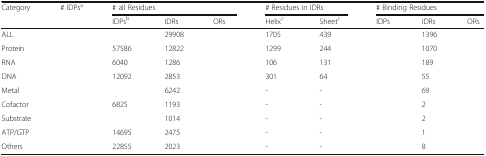
<table><thead><tr><td rowspan="2"><b>Category</b></td><td rowspan="2"><b># IDPs<sup>a</sup></b></td><td colspan="3"><b># all Residues</b></td><td colspan="2"><b># Residues in IDRs</b></td><td colspan="3"><b># Binding Residues</b></td></tr><tr><td><b>IDPs<sup>b</sup></b></td><td><b>IDRs</b></td><td><b>ORs</b></td><td><b>Helix<sup>c</sup></b></td><td><b>Sheet<sup>c</sup></b></td><td><b>IDPs</b></td><td><b>IDRs</b></td><td><b>ORs</b></td></tr></thead><tbody><tr><td>ALL</td><td>[EMPTY_CELL]</td><td>[EMPTY_CELL]</td><td>29908</td><td>[EMPTY_CELL]</td><td>1705</td><td>439</td><td>[EMPTY_CELL]</td><td>1396</td><td>[EMPTY_CELL]</td></tr><tr><td>Protein</td><td>[EMPTY_CELL]</td><td>57586</td><td>12822</td><td>[EMPTY_CELL]</td><td>1299</td><td>244</td><td>[EMPTY_CELL]</td><td>1070</td><td>[EMPTY_CELL]</td></tr><tr><td>RNA</td><td>[EMPTY_CELL]</td><td>6040</td><td>1286</td><td>[EMPTY_CELL]</td><td>106</td><td>131</td><td>[EMPTY_CELL]</td><td>189</td><td>[EMPTY_CELL]</td></tr><tr><td>DNA</td><td>[EMPTY_CELL]</td><td>12092</td><td>2853</td><td>[EMPTY_CELL]</td><td>301</td><td>64</td><td>[EMPTY_CELL]</td><td>55</td><td>[EMPTY_CELL]</td></tr><tr><td>Metal</td><td>[EMPTY_CELL]</td><td>[EMPTY_CELL]</td><td>6242</td><td>[EMPTY_CELL]</td><td>-</td><td>-</td><td>[EMPTY_CELL]</td><td>69</td><td>[EMPTY_CELL]</td></tr><tr><td>Cofactor</td><td>[EMPTY_CELL]</td><td>6825</td><td>1193</td><td>[EMPTY_CELL]</td><td>-</td><td>-</td><td>[EMPTY_CELL]</td><td>2</td><td>[EMPTY_CELL]</td></tr><tr><td>Substrate</td><td>[EMPTY_CELL]</td><td>[EMPTY_CELL]</td><td>1014</td><td>[EMPTY_CELL]</td><td>-</td><td>-</td><td>[EMPTY_CELL]</td><td>2</td><td>[EMPTY_CELL]</td></tr><tr><td>ATP/GTP</td><td>[EMPTY_CELL]</td><td>14695</td><td>2475</td><td>[EMPTY_CELL]</td><td>-</td><td>-</td><td>[EMPTY_CELL]</td><td>1</td><td>[EMPTY_CELL]</td></tr><tr><td>Others</td><td>[EMPTY_CELL]</td><td>22855</td><td>2023</td><td>[EMPTY_CELL]</td><td>-</td><td>-</td><td>[EMPTY_CELL]</td><td>8</td><td>[EMPTY_CELL]</td></tr></tbody></table>